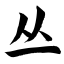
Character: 丛